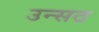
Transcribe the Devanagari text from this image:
उन्सठ